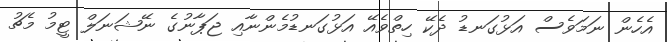
އެހެން ނަމަވެސް އަޅުގަނޑު ދެކޭ ހިތްވެއޭ އަޅުގަނޑުމެންނާއި ޖަޕާނުގެ ނޭޝަނަލް ޓީމު މެޗު